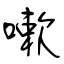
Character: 嗽